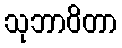
သုဘာဝိတာ